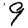
Digit: 9